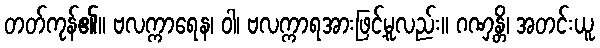
တတ်ကုန်၏။ ဗလက္ကာရေန၊ ဝါ၊ ဗလက္ကာရအားဖြင့်မူလည်း။ ဂဏှန္တိ၊ အတင်းယူ